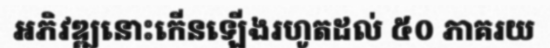
អភិវឌ្ឍនោះកើនឡើងរហូតដល់ ៥០ ភាគរយ